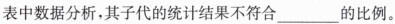
表中数据分析，其子代的统计结果不符合___的比例。